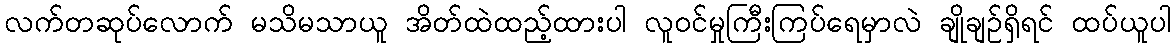
လက်တဆုပ်လောက် မသိမသာယူ အိတ်ထဲထည့်ထားပါ လူဝင်မှုကြီးကြပ်ရေမှာလဲ ချိုချဉ်ရှိရင် ထပ်ယူပါ